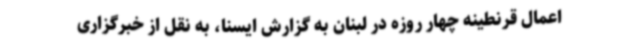
اعمال قرنطینه چهار روزه در لبنان به گزارش ایسنا، به نقل از خبرگزاری